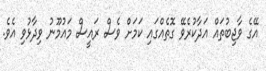
އޭގެ ވާޖިބުތައް އަދާކުރެވޭ ގޮތެއްގައި ކަމަށް ވެސް ރައީސް މައުމޫނު ވިދާޅުވި އެވެ.